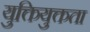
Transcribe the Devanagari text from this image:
युक्तियुक्तता